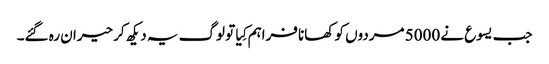
‏ جب یسوع نے 5000 مردوں کو کھانا فراہم کِیا تو لوگ یہ دیکھ کر حیران رہ گئے۔